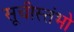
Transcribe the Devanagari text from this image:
सूचीस्तंभो